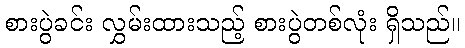
စားပွဲခင်း လွှမ်းထားသည့် စားပွဲတစ်လုံး ရှိသည်။